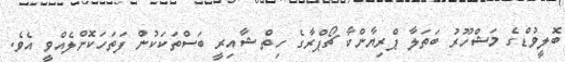
ބޮލީވުޑްގެ މަޝްހޫރު ބަތަލާ ޕްރިޔާންކާ ޗޯޕްރާގެ ހިތް ޝާއިރީ ބަސްތަކަކުން ފަތަހަކޮށްލެއްވީ އެވެ.